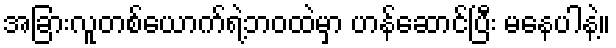
အခြားလူတစ်ယောက်ရဲ့ဘဝထဲမှာ ဟန်ဆောင်ပြီး မနေပါနဲ့။